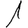
Digit: 1